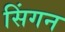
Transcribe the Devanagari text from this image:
सिंगन